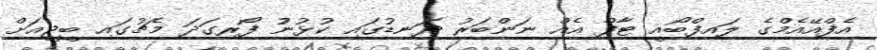
އެފްއޭއެމްގެ ލައިފްބޯއީ ޓާފް އެއް ނަންބަރު ދަނޑުގައި ކުޅުނުު ފޯރިގަދަ މެޗުގައި ބީޖީއަށް